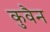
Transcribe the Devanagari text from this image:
कुवैन